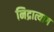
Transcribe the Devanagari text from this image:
निद्रात्याग